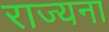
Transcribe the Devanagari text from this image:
राज्यना